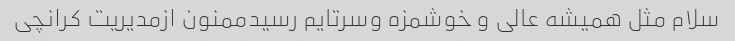
سلام مثل همیشه عالی و خوشمزه وسرتایم رسیدممنون ازمدیریت کرانچی